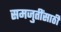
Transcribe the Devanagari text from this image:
समजुतींसाठी